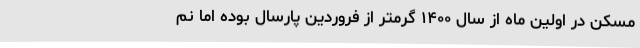
مسکن در اولین ماه از سال ۱۴۰۰ گرمتر از فروردین پارسال بوده اما نم